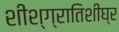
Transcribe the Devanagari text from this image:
शीश्ग्रातिशीघ्र